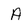
Character: A